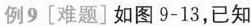
例9[难题]如图9-13，已知